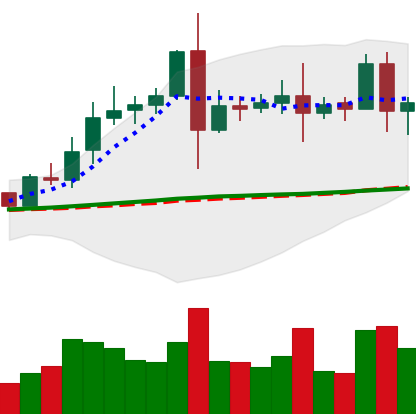
Ticker: EOS-USD
Chart end date: 2020-08-12
Forward return: 23.238%
Label: up_7plus